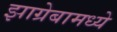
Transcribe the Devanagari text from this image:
झाग्रेबामध्ये